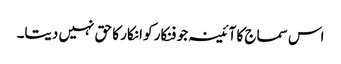
اس سماج کا آئینہ جو فنکار کو انکار کا حق نہیں دیتا۔